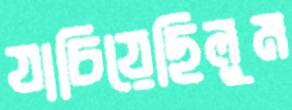
যাচিয়েছিলুম